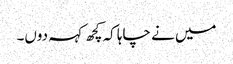
میں نے چاہا کہ کچھ کہہ دوں۔